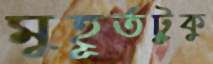
মুহূর্তটুকু